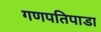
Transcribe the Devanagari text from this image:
गणपतिपाडा